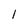
Character: 1